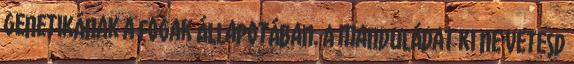
genetikának a fogak állapotában. A manduládat ki ne vetesd